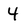
Character: 4